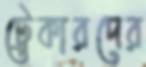
ট্রেকারদের